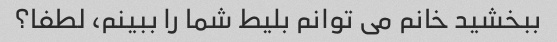
ببخشید خانم می توانم بلیط شما را ببینم، لطفا؟